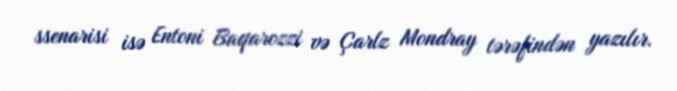
ssenarisi isə Entoni Baqarozzi və Çarlz Mondray tərəfindən yazılır.